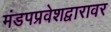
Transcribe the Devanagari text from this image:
मंडपप्रवेशद्वारावर